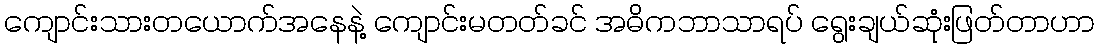
ကျောင်းသားတယောက်အနေနဲ့ ကျောင်းမတတ်ခင် အဓိကဘာသာရပ် ရွေးချယ်ဆုံးဖြတ်တာဟာ